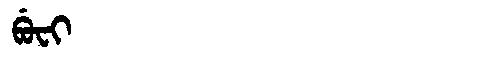
Manchu: ᠪᡠᠸᡳ
Romanization: BUFI